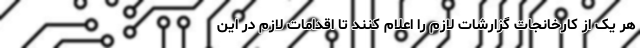
هر یک از کارخانجات گزارشات لازم را اعلام کنند تا اقدامات لازم در این